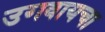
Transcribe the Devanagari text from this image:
उगवायचा